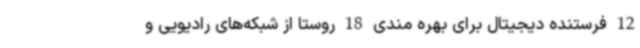
12 فرستنده دیجیتال برای بهره مندی 18 روستا از شبکه‌های رادیویی و